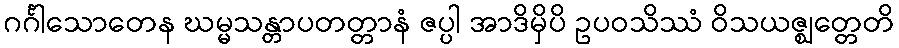
ဂင်္ဂါသောတေန ဃမ္မသန္တာပတတ္တာနံ ဇပ္ပါ အာဒိမှိပိ ဥပဝသိဿံ ဝိသယဇ္ဈတ္တေတိ